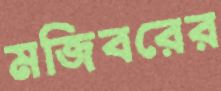
মজিবরের